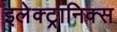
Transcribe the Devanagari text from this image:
इलेक्ट्रानिक्‍स